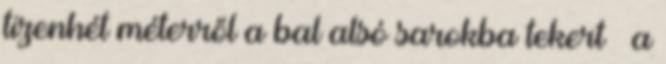
tizenhét méterről a bal alsó sarokba tekert – a